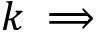
k \implies